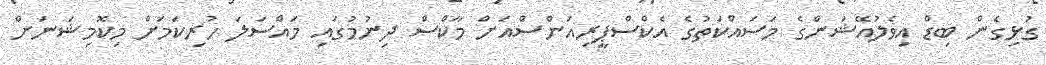
ގުޅިގެން ބިޑް އިވެލުއޭޝަންގެ މަސައްކަތުގެ އެކްސްޕީރިއަންސްއަށް މާކްސް ދިނުމުގައި މައްސަލަ ހުރިކަމަށް މިކޮމިޝަނަށް